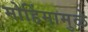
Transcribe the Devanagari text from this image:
मोहिंमामुळे